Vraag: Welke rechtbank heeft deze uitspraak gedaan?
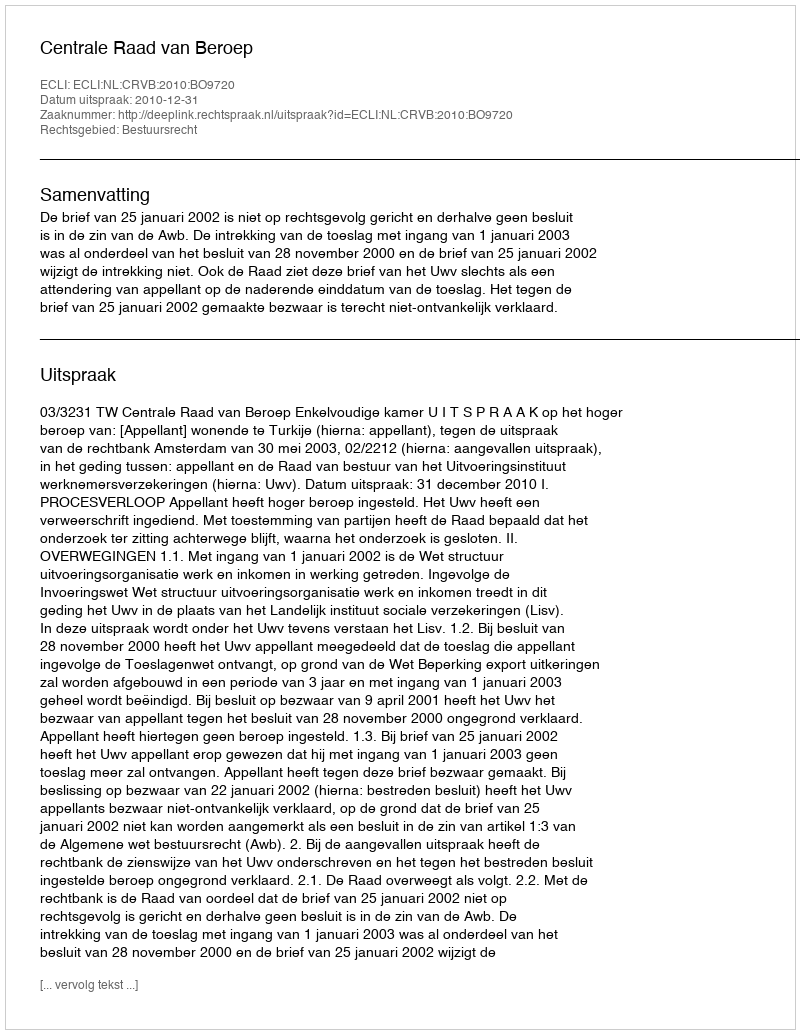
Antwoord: Centrale Raad van Beroep